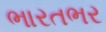
ભારતભર